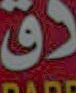
دق